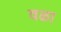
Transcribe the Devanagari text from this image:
वळा